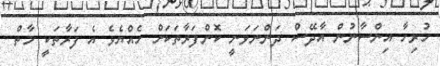
ހުރިހާ އިންސާނުން އާދޭސް ދަންނަވަނީ ކޮންފަރާތަކަށް ހެއްޔެވެ އެ ފަރާތަކީ މާތް